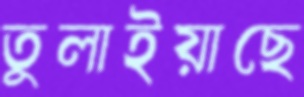
তুলাইয়াছে